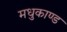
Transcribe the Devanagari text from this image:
मधुकाण्ड